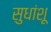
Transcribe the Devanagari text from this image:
सुधांशू